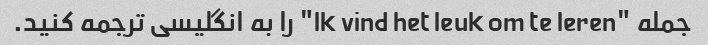
جمله "Ik vind het leuk om te leren" را به انگلیسی ترجمه کنید.